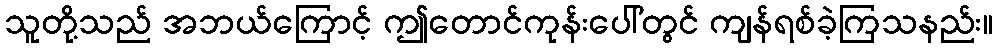
သူတို့သည် အဘယ်ကြောင့် ဤတောင်ကုန်းပေါ်တွင် ကျန်ရစ်ခဲ့ကြသနည်း။